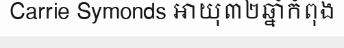
Carrie Symonds អាយុ៣២ឆ្នាំកំពុង